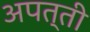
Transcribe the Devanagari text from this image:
अपत्ती